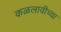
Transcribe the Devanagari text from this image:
कळलावीच्या